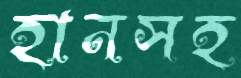
হানসহ